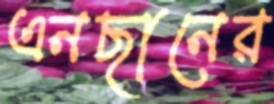
এনছানের